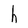
Character: h